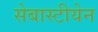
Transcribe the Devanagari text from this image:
सेबास्टीयेन